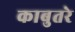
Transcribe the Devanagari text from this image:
काबुतरे